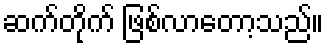
ဆက်တိုက် ဖြစ်လာတော့သည်။